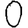
Digit: 0